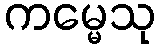
ကမ္မေသု